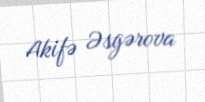
Akifə Əsgərova